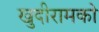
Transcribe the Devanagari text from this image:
खुदीरामको